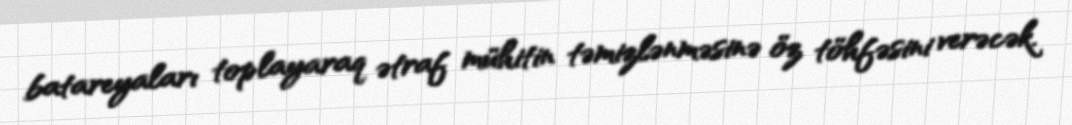
batareyaları toplayaraq ətraf mühitin təmizlənməsinə öz töhfəsini verəcək.